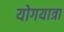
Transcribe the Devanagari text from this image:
योगयात्रा